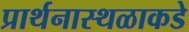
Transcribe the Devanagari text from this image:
प्रार्थनास्थळाकडे